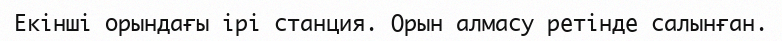
Екінші орындағы ірі станция. Орын алмасу ретінде салынған.